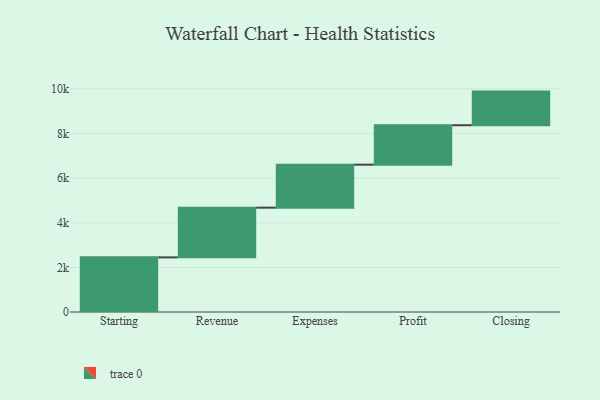
{"axis": {"x": "Step", "y": "Value"}, "legend": [""], "data": [{"x": "Starting", "y": 2447.0, "type": ""}, {"x": "Revenue", "y": 2227.0, "type": ""}, {"x": "Expenses", "y": 1926.0, "type": ""}, {"x": "Profit", "y": 1767.0, "type": ""}, {"x": "Closing", "y": 1506.0, "type": ""}]}